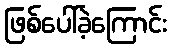
ဖြစ်ပေါ်ခဲ့ကြောင်း